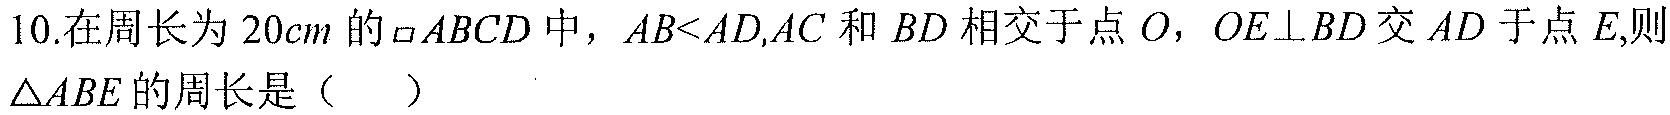
10.在周长为\(20cm\)的\(\square ABCD\)中，\(AB<AD\),\(AC\)和\(BD\)相交于点\(O\)，\(OE\perp BD\)交\(AD\)于点\(E\),则\(\triangle ABE\)的周长是（  ）